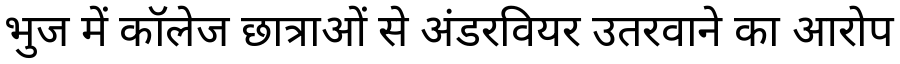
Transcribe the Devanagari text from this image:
भुज में कॉलेज छात्राओं से अंडरवियर उतरवाने का आरोप